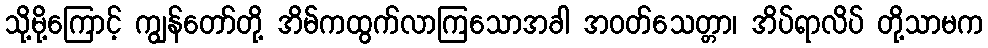
သို့မို့ကြောင့် ကျွန်တော်တို့ အိမ်ကထွက်လာကြသောအခါ အဝတ်သေတ္တာ၊ အိပ်ရာလိပ် တို့သာမက